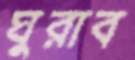
ঘুরাব